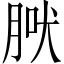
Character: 𦜀